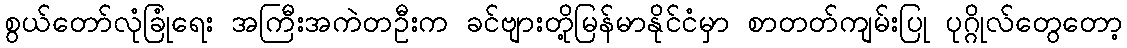
စွယ်တော်လုံခြုံရေး အကြီးအကဲတဦးက ခင်ဗျားတို့မြန်မာနိုင်ငံမှာ စာတတ်ကျမ်းပြု ပုဂ္ဂိုလ်တွေတော့